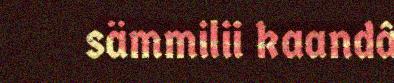
sämmilii kaandâ